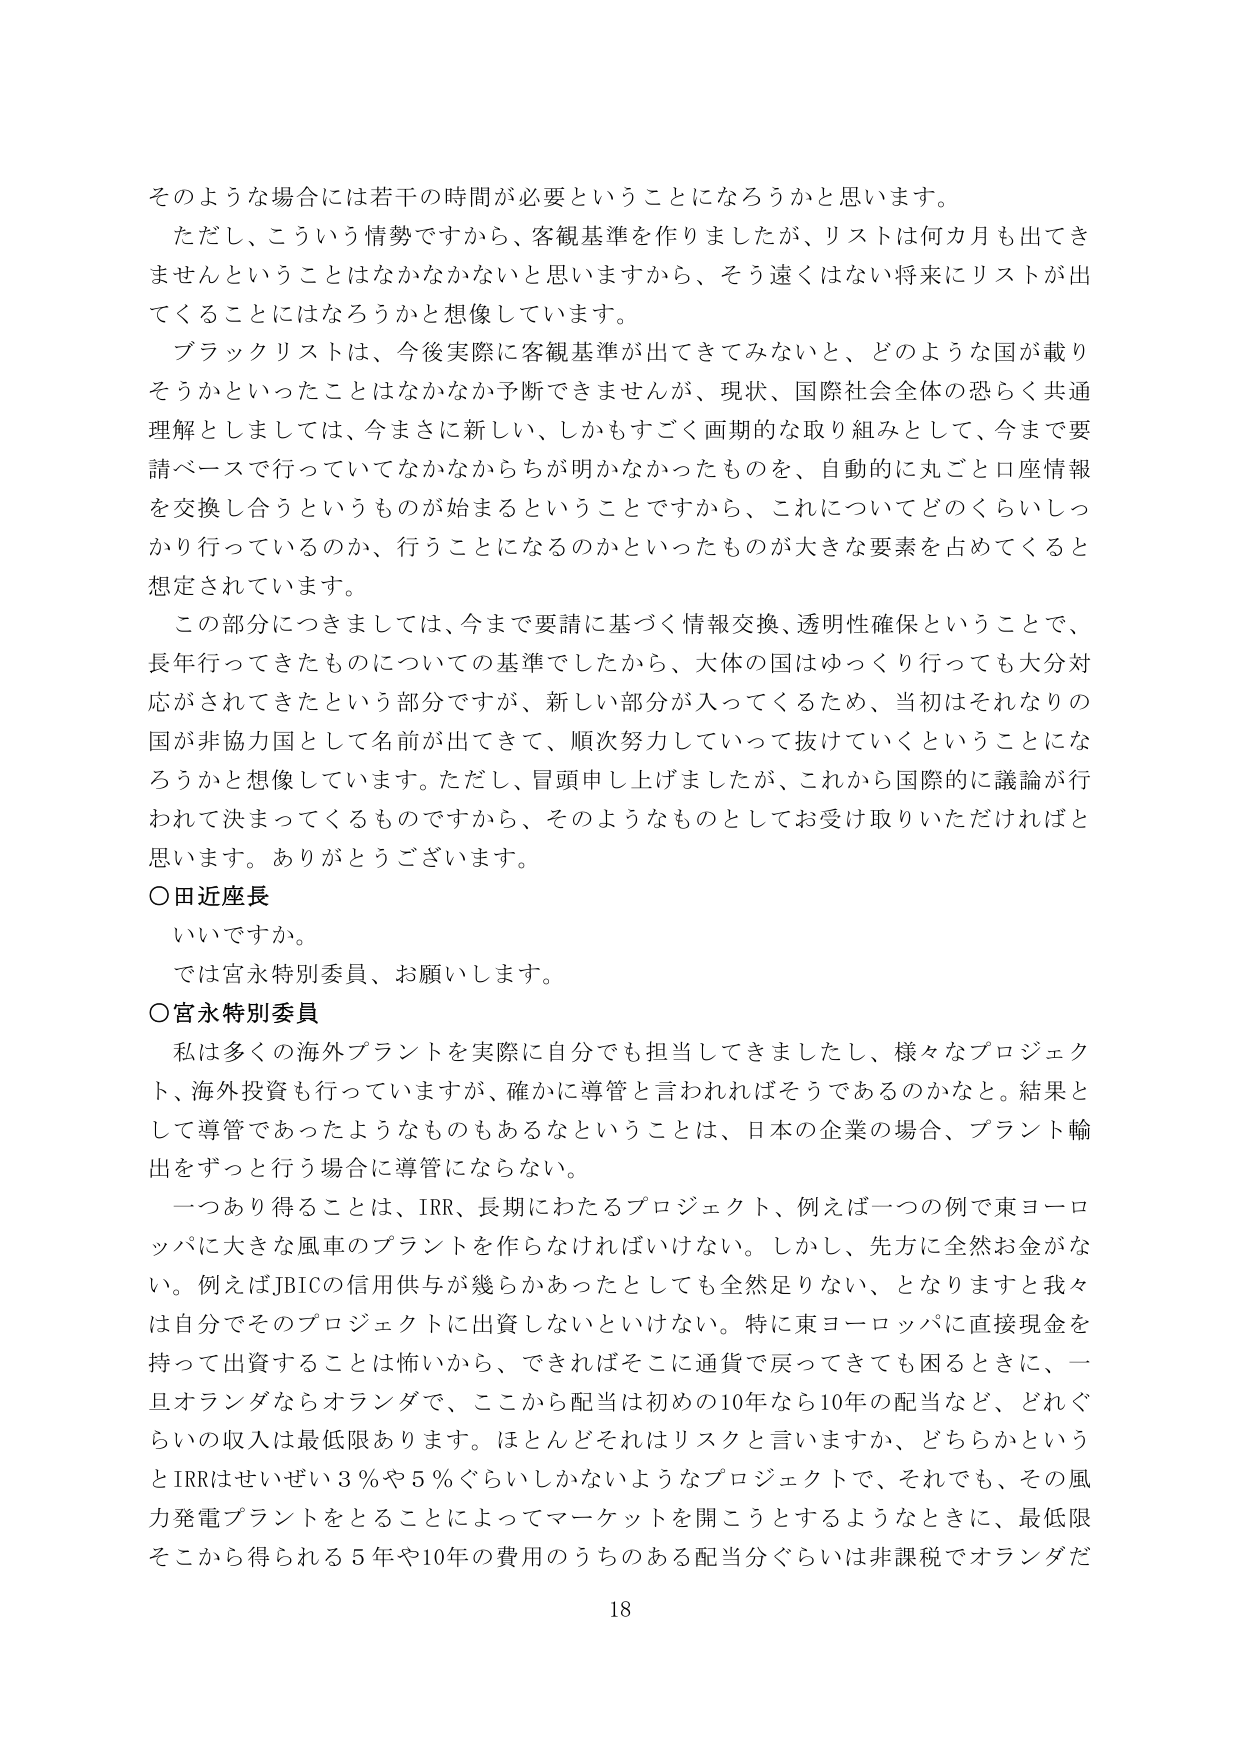
そのような場合には若干の時間が必要ということになろうかと思います。
ただし、こういう情勢ですから、客観基準を作りましたが、リストは何カ月も出てきませんということはなかなかないと思いますから、そう遠くはない将来にリストが出てくることにはなろうかと想像しています。
ブラックリストは、今後実際に客観基準が出てきてみないと、どのような国が載りそうかといったことはなかなか予断できませんが、現状、国際社会全体の恐らく共通理解としましては、今まさに新しい、しかもすごく画期的な取り組みとして、今まで要請ベースで行っていてなかなからちが明かなかったものを、自動的に丸ごと口座情報を交換し合うというものが始まるということですから、これについてどのくらいしっかり行っているのか、行うことになるのかといったものが大きな要素を占めてくると想定されています。
この部分につきましては、今まで要請に基づく情報交換、透明性確保ということで、長年行ってきたものについての基準でしたから、大体の国はゆっくり行っても大分対応がされてきたという部分ですが、新しい部分が入ってくるため、当初はそれなりの国が非協力国として名前が出てきて、順次努力していって抜けていくということになろうかと想像しています。ただし、冒頭申し上げましたが、これから国際的に議論が行われて決まってくるものですから、そのようなものとしてお受け取りいただければと思います。ありがとうございます。
○田近座長
いいですか。
では宮永特別委員、お願いします。
○宮永特別委員
私は多くの海外プラントを実際に自分でも担当してきましたし、様々なプロジェクト、海外投資も行っていますが、確かに導管と言われればそうであるのかなと。結果として導管であったようなものもあるなということは、日本の企業の場合、プラント輸出をずっと行う場合に導管にならない。
一つあり得ることは、IRR、長期にわたるプロジェクト、例えば一つの例で東ヨーロッパに大きな風車のプラントを作らなければならない。しかし、先方に全然お金がない。例えばJBICの信用供与が幾らかあったとしても全然足りない、となりますと我々は自分でそのプロジェクトに出資しないといけない。特に東ヨーロッパに直接現金を持って出資することは怖いから、できればそこに通貨で戻ってきても困るときに、一旦オランダならオランダで、ここから配当は初めの10年なら10年の配当など、どれぐらいの収入は最低限あります。ほとんどそれはリスクと言いますか、どちらかというとIRRはせいぜい3％や5％ぐらいしかないようなプロジェクトで、それでも、その風力発電プラントをとることによってマーケットを開こうとするようなときに、最低限そこから得られる5年や10年の費用のうちのある配当分ぐらいは非課税でオランダだ
18